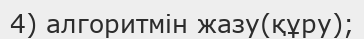
4) алгоритмін жазу(құру);